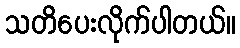
သတိပေးလိုက်ပါတယ်။